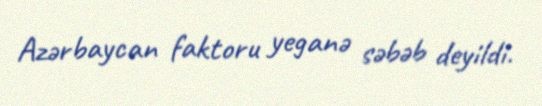
Azərbaycan faktoru yeganə səbəb deyildi.